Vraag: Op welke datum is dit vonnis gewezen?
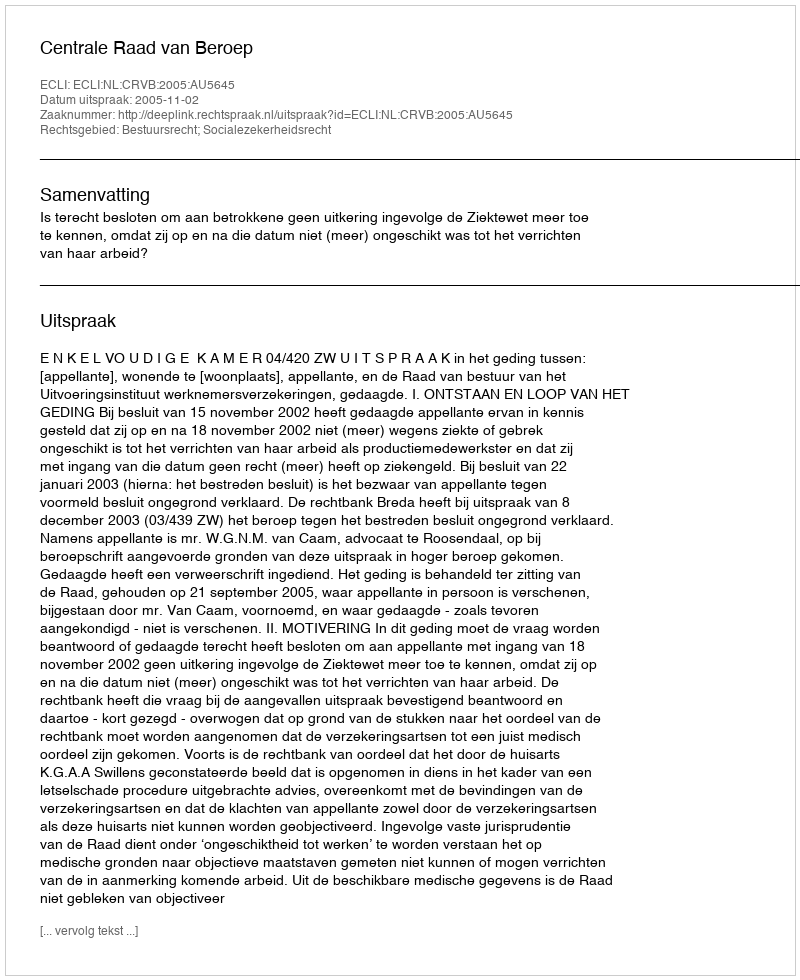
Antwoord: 2005-11-02